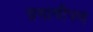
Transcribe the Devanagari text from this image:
प्रभावीपण